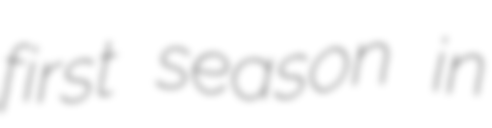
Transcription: first season in